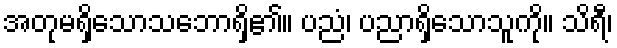
အတုမရှိသောသဘောရှိ၏။ ပညံ၊ ပညာရှိသောသူကို။ သိရီ၊